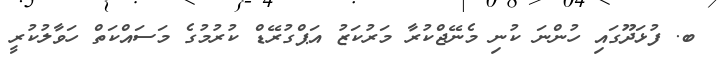
ބ. ފުޅަދޫގައި ހުންނަ ކުނި މެނޭޖްކުރާ މަރުކަޒު އަޕްގުރޭޑް ކުރުމުގެ މަސައްކަތް ހަވާލުކުރީ